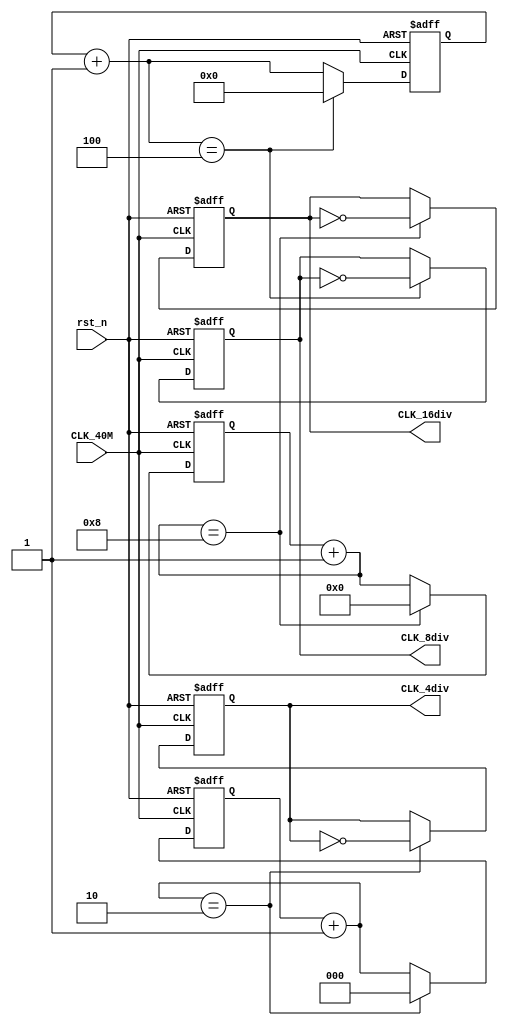
`timescale 1ns / 1ps
//////////////////////////////////////////////////////////////////////////////////
// Company: 
// Engineer: 
// 
// Design Name: 
// Module Name:    DCM_Module 
// Project Name: 
// Target Devices: 
// Tool versions: 
// Description: 
//
// Dependencies: 
//
// Revision: 
// Revision 0.01 - File Created
// Additional Comments: 
//
//////////////////////////////////////////////////////////////////////////////////
module DCM_module(		CLK_40M,		//40MHz
						rst_n,			//
						CLK_4div,		//10MHz
						CLK_8div,		//5MHz
						CLK_16div		//2.5MHz

);

	input           	CLK_40M;
	input          		rst_n;
	output reg         CLK_4div = 0;
	output reg         CLK_8div = 0;
	output reg         CLK_16div = 0;

	reg [2:0]      Count1 = 3'D0;
	reg [3:0]      Count2 = 4'D0;
	reg [4:0]      Count3 = 5'D0;
/* *******************4************************8 */
	always@(posedge CLK_40M or negedge rst_n)begin
		if(~rst_n)begin
			Count1 = 0;
			CLK_4div <= 0;
		end
		else begin
			Count1 = Count1 + 1;
			if(Count1 == 3'D2)begin
				Count1 = 3'D0;
				CLK_4div <= ~CLK_4div;
			end
		end
	end
/* *******************8************************8 */
	always@(posedge CLK_40M or negedge rst_n)begin
		if(~rst_n)begin
			Count2 = 0;
			CLK_8div <= 0;
		end
		else begin
			Count2 = Count2 + 1;
			if(Count2 == 4'D4)begin
				Count2 = 4'D0;
				CLK_8div <= ~CLK_8div;
			end
		end
	end
/* *******************16************************8 */
	always@(posedge CLK_40M or negedge rst_n)begin
		if(~rst_n)begin
			Count3 = 0;
			CLK_16div <= 0;
		end
		else begin
			Count3 = Count3 + 1;
			if(Count3 == 5'D8)
				begin
				Count3 = 5'D0;
				CLK_16div <= ~CLK_16div;
			end
		end
	end

endmodule